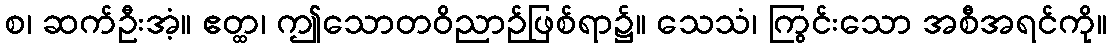
စ၊ ဆက်ဦးအံ့။ ဧတ္ထ၊ ဤသောတဝိညာဉ်ဖြစ်ရာ၌။ သေသံ၊ ကြွင်းသော အစီအရင်ကို။